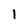
Character: 1